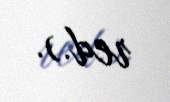
red.).